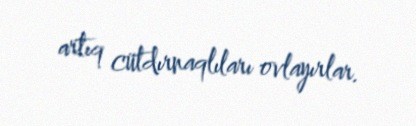
artıq cütdırnaqlıları ovlayırlar.